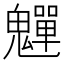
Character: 𫙎